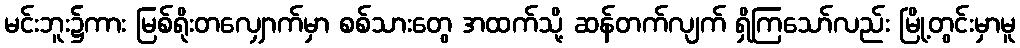
မင်းဘူး၌ကား မြစ်ရိုးတလျှောက်မှာ စစ်သားတွေ အထက်သို့ ဆန်တက်လျက် ရှိကြသော်လည်း မြို့တွင်းမှာမူ